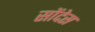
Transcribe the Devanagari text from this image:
सोंदेस